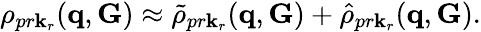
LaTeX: \rho_{pr\mathbf k_{r}}(\mathbf q,\mathbf G)\approx\tilde{\rho}_{pr\mathbf k_{r}}(\mathbf q,\mathbf G)+\hat{\rho}_{pr\mathbf k_{r}}(\mathbf q,\mathbf G).